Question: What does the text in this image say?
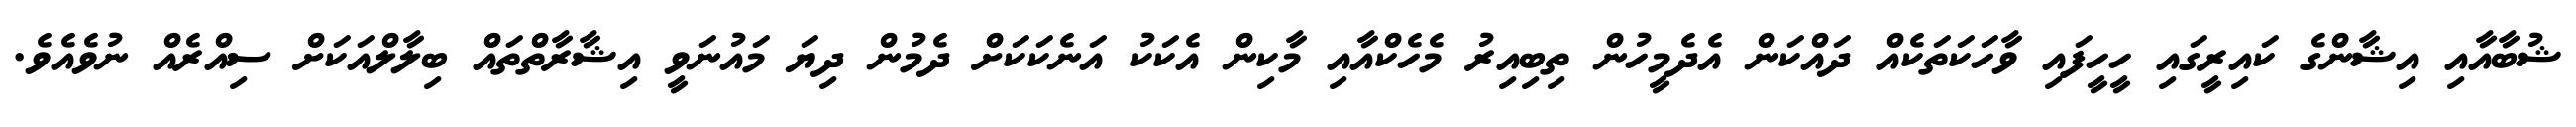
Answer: ޝުބާއާއި އިޝާންގެ ކައިރީގައި ހީހީފައި ވާހަކަތަކެއް ދައްކަން އެދެމީހުން ތިބިއިރު މެހެކްއާއި މާކިން އެކަކު އަނެކަކަށް ދެމުން ދިޔަ މައުނަވީ އިޝާރާތްތައް ބިލާލްއަކަށް ސިއްރެއް ނުވެއެވެ.